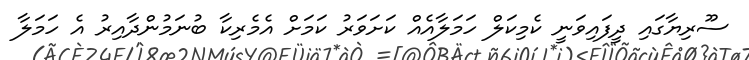
ސޫރިޔާގައި ދީފައިވަނީ ކެމިކަލް ހަމަލާއެއް ކަށަވަރު ކަމަށް އެމެރިކާ ބުނަމުންދާއިރު އެ ހަމަލާ